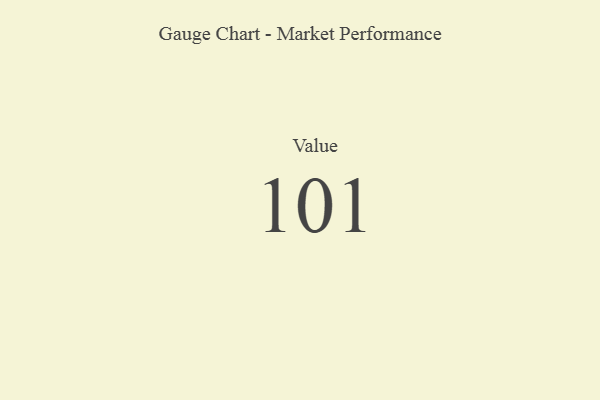
{"axis": {"x": "Metric", "y": "Value"}, "legend": [""], "data": [{"x": "Value", "y": 101, "type": ""}]}